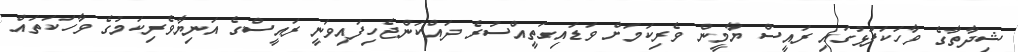
ޝިދާތާގެ ވާހަކަފުޅުގައި ރައީސް ޔާމީން ވެރިކަމަށް ވަޑައިގަތީއްސުރެ ދައްކަންޖެހިފައިވަނީ ރައީސްގެ އަނިޔާވެރިކަމުގެ ވާހަކަތައް